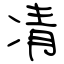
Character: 凊